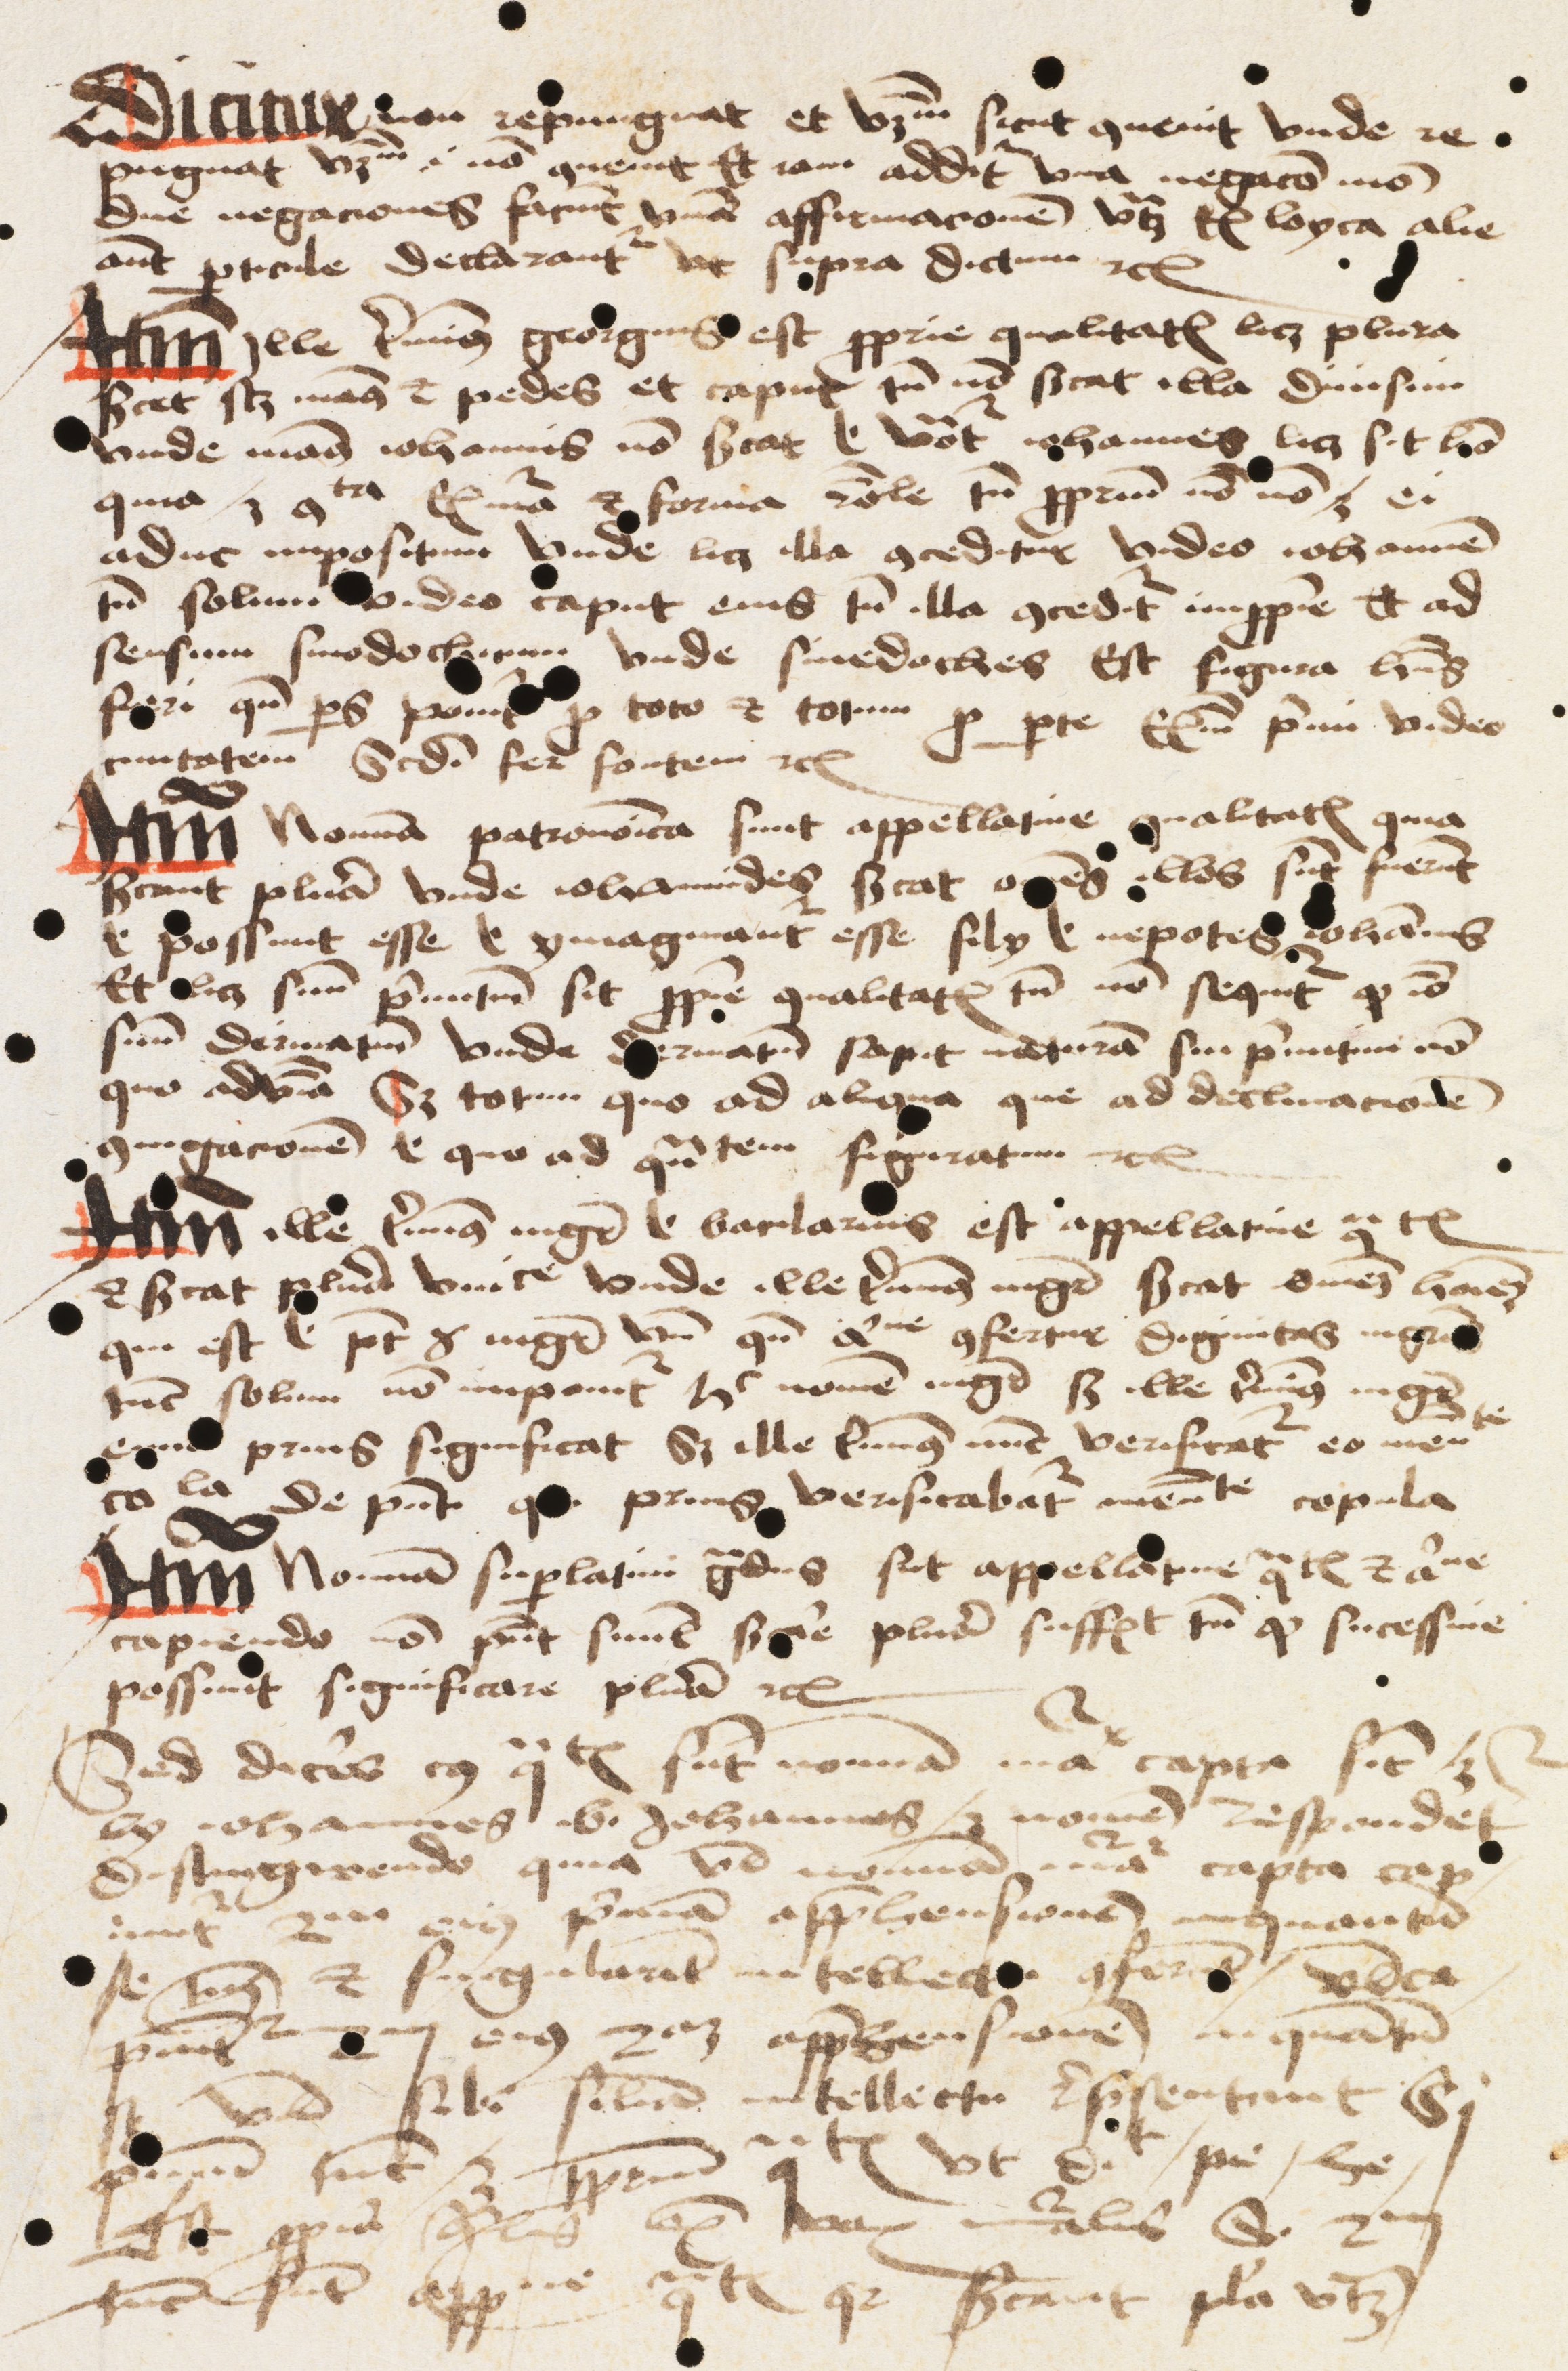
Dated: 1475–1499